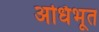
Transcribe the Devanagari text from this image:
अधिभूत